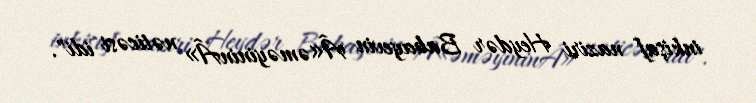
inkişaf naziri Heydər Babayevin Â«əməyininÂ» nəticəsi idi".